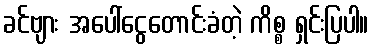
ခင်ဗျား အပေါ်ငွေတောင်းခံတဲ့ ကိစ္စ ရှင်းပြပါ။